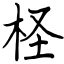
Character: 柽